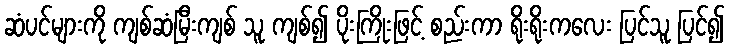
ဆံပင်များကို ကျစ်ဆံမြီးကျစ် သူ ကျစ်၍ ပိုးကြိုးဖြင့် စည်းကာ ရိုးရိုးကလေး ပြင်သူ ပြင်၍